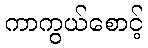
ကာကွယ်စောင့်